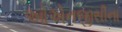
ઓએનજીસીના